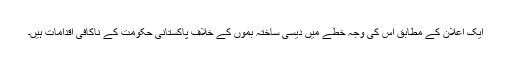
ایک اعلان کے مطابق اس کی وجہ خطے میں دیسی ساختہ بموں کے خلاف پاکستانی حکومت کے ناکافی اقدامات ہیں۔